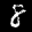
Label: 8